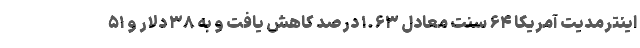
اینترمدیت آمریکا ۶۴ سنت معادل ۱.۶۳ درصد کاهش یافت و به ۳۸ دلار و ۵۱